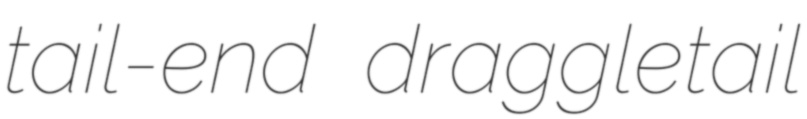
tail-end draggletail